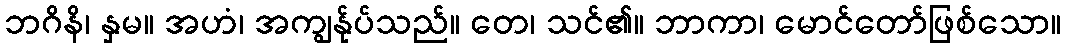
ဘဂိနိ၊ နှမ။ အဟံ၊ အကျွန်ုပ်သည်။ တေ၊ သင်၏။ ဘာကာ၊ မောင်တော်ဖြစ်သော။